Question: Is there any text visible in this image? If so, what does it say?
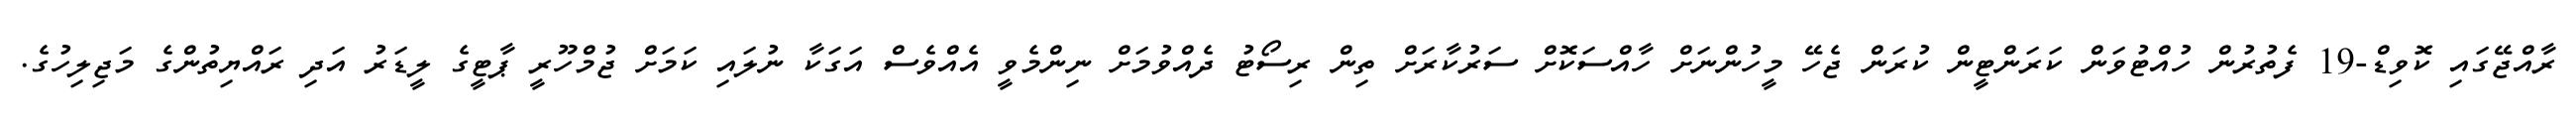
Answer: ރާއްޖޭގައި ކޮވިޑް-19 ފެތުރުން ހުއްޓުވަން ކަރަންޓީން ކުރަން ޖެހޭ މީހުންނަށް ހާއްސަކޮށް ސަރުކާރަށް ތިން ރިސޯޓު ދެއްވުމަށް ނިންމެވީ އެއްވެސް އަގަކާ ނުލައި ކަމަށް ޖުމްހޫރީ ޕާޓީގެ ލީޑަރު އަދި ރައްޔިތުންގެ މަޖިލިހުގެ.